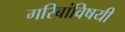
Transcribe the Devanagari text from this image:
गरिबांविषयी